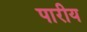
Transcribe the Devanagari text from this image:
पारीय